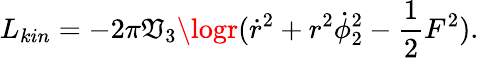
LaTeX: L_{kin}=-2\pi\mathfrak{V}_{3}\logr({\dot{{r}}}^{2}+r^{2}\dot{{\phi}}_{2}^{2}-{\frac{{1}}{{2}}}F^{2}).